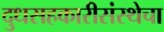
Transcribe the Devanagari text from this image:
दुधसहकारीसंस्थेचा